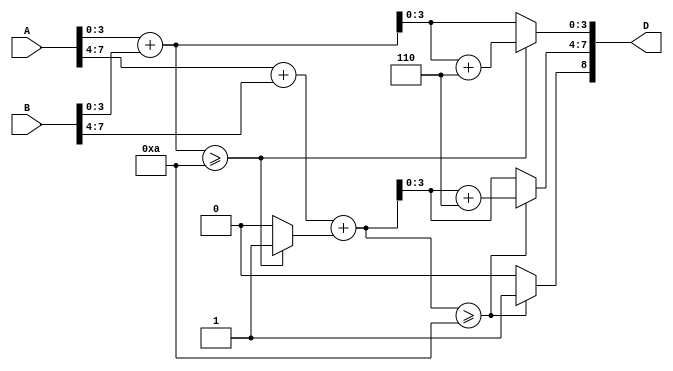
module BCDma (A,B,D);
  input [7:0] A,B;   output [8:0] D;
  wire [4:0] DT0,DT1; reg [8:0] D; reg S;
 always @ (DT0)
    begin if (DT0[4:0] >=5'b01010)
    begin D[3:0] = (DT0[3:0]+4'b0110); S=1'b1; end
     else begin D[3:0] = DT0[3:0] ; S=1'b0; end
    end
  always@ (DT1)  begin
    if (DT1[4:0]>=5'b01010)
   begin D[7:4] = (DT1[3:0]+4'b0110); D[8]=1'b1; end
     else begin D[7:4] = DT1[3:0]; D[8]=1'b0; end    end
  assign DT0 = A[3:0] + B[3:0];
  assign DT1 = A[7:4] + B[7:4] + S;
endmodule